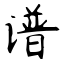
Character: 谱